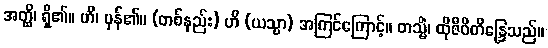
အတ္ထိ၊ ရှိ၏။ ဟိ၊ မှန်၏။ (တစ်နည်း) ဟိ (ယသ္မာ) အကြင်ကြောင့်။ တသ္မိံ၊ ထိုဇီဝိတိန္ဒြေသည်။